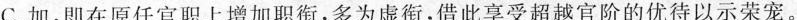
C.加，即在原任官职上增加职衔，多为虚衔，借此享受超越官阶的优待以示荣宠。